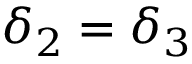
\delta _ { 2 } = \delta _ { 3 }